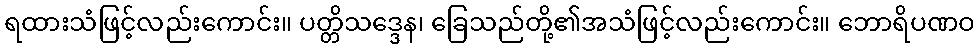
ရထားသံဖြင့်လည်းကောင်း။ ပတ္တိသဒ္ဒေန၊ ခြေသည်တို့၏အသံဖြင့်လည်းကောင်း။ ဘောရိပဏဝ